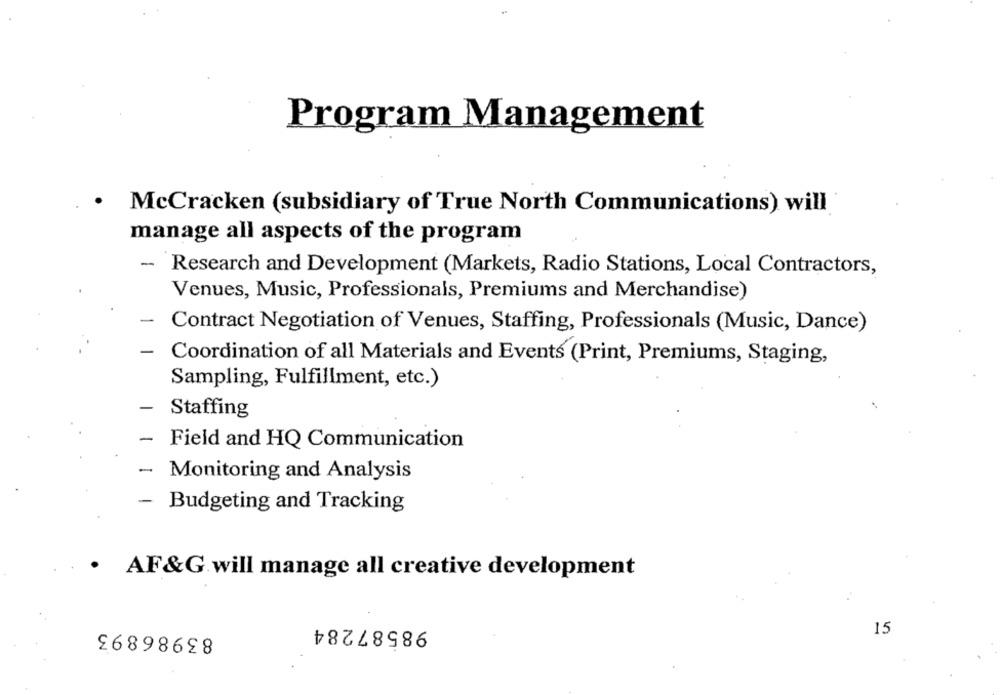
Program Management
McCracken (subsidiary of True North Communications) will
manage all aspects of the program
-
Research and Development (Markets, Radio Stations, Local Contractors,
Venues, Music, Professionals, Premiums and Merchandise)
-
Contract Negotiation of Venues, Staffing, Professionals (Music, Dance)
-
Coordination of all Materials and Events (Print, Premiums, Staging,
Sampling, Fulfillment, etc.)
Staffing
Field and HQ Communication
-
Monitoring and Analysis
- Budgeting and Tracking
AF&G will manage all creative development
83986893
98587284
15